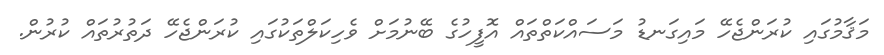
މަޤާމުގައި ކުރަންޖެހޭ މައިގަނޑު މަސައްކަތްތައް އޮފީހުގެ ބޭނުމަށް ވެހިކަލްތަކުގައި ކުރަންޖެހޭ ދަތުރުތައް ކުރުން.